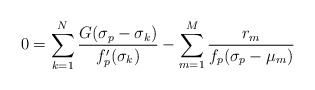
\begin{align*} 0 = \sum_{k=1}^N \frac{ G(\sigma_p - \sigma_k) } {f_p'(\sigma_k)} - \sum_{m=1}^M\frac{r_m}{f_p(\sigma_p-\mu_m)}\end{align*}